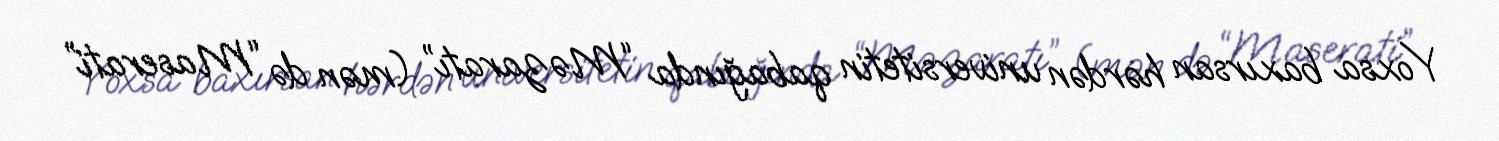
Yoxsa baxırsan hərdən universitetin qabağında “Məzaratı” (mən də “Maserati”